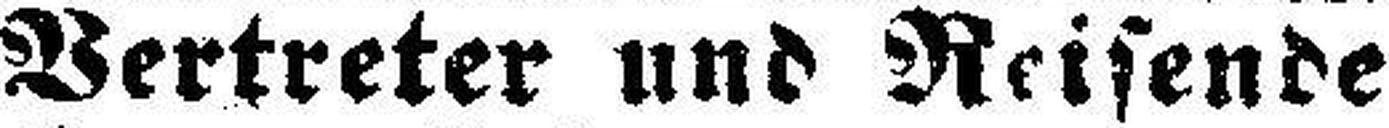
Vertreter und Reisende